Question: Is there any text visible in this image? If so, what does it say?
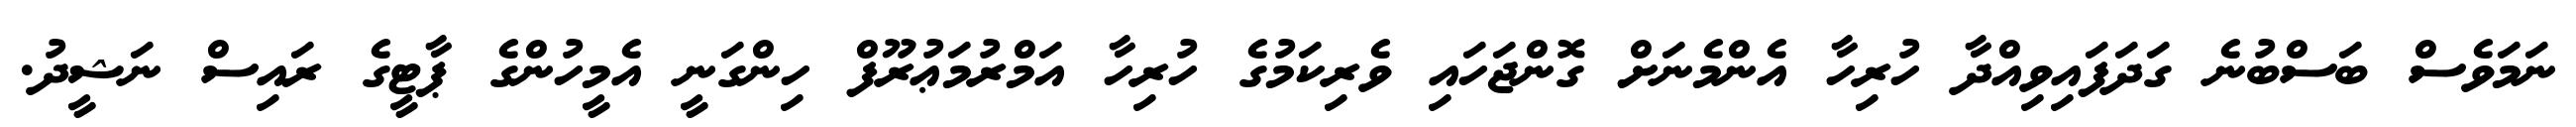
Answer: ނަމަވެސް ބަސްބުނެ ގަދަފައިވިއްދާ ހުރިހާ އެންމެނަށް ގޮންޖަހައި ވެރިކަމުގެ ހުރިހާ އަމްރުމަޢުރޫފް ހިންގަނީ އެމީހުންގެ ޕާޓީގެ ރައިސް ނަޝީދު.